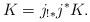
LaTeX: \begin{align*} K=j_{!*}j^*K.\end{align*}